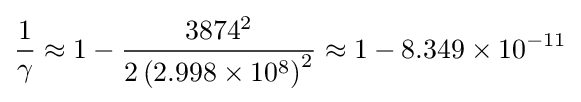
{\frac {1}{\gamma }}\approx 1-{\frac {3874^{2}}{2\left(2.998\times 10^{8}\right)^{2}}}\approx 1-8.349\times 10^{-11}